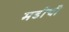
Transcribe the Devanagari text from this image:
मढीची